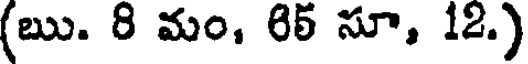
(ఋ. 8 మం, 85 సూ, 12.)